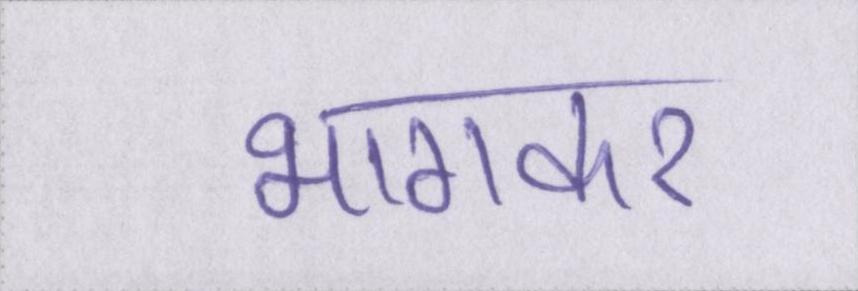
भागकर